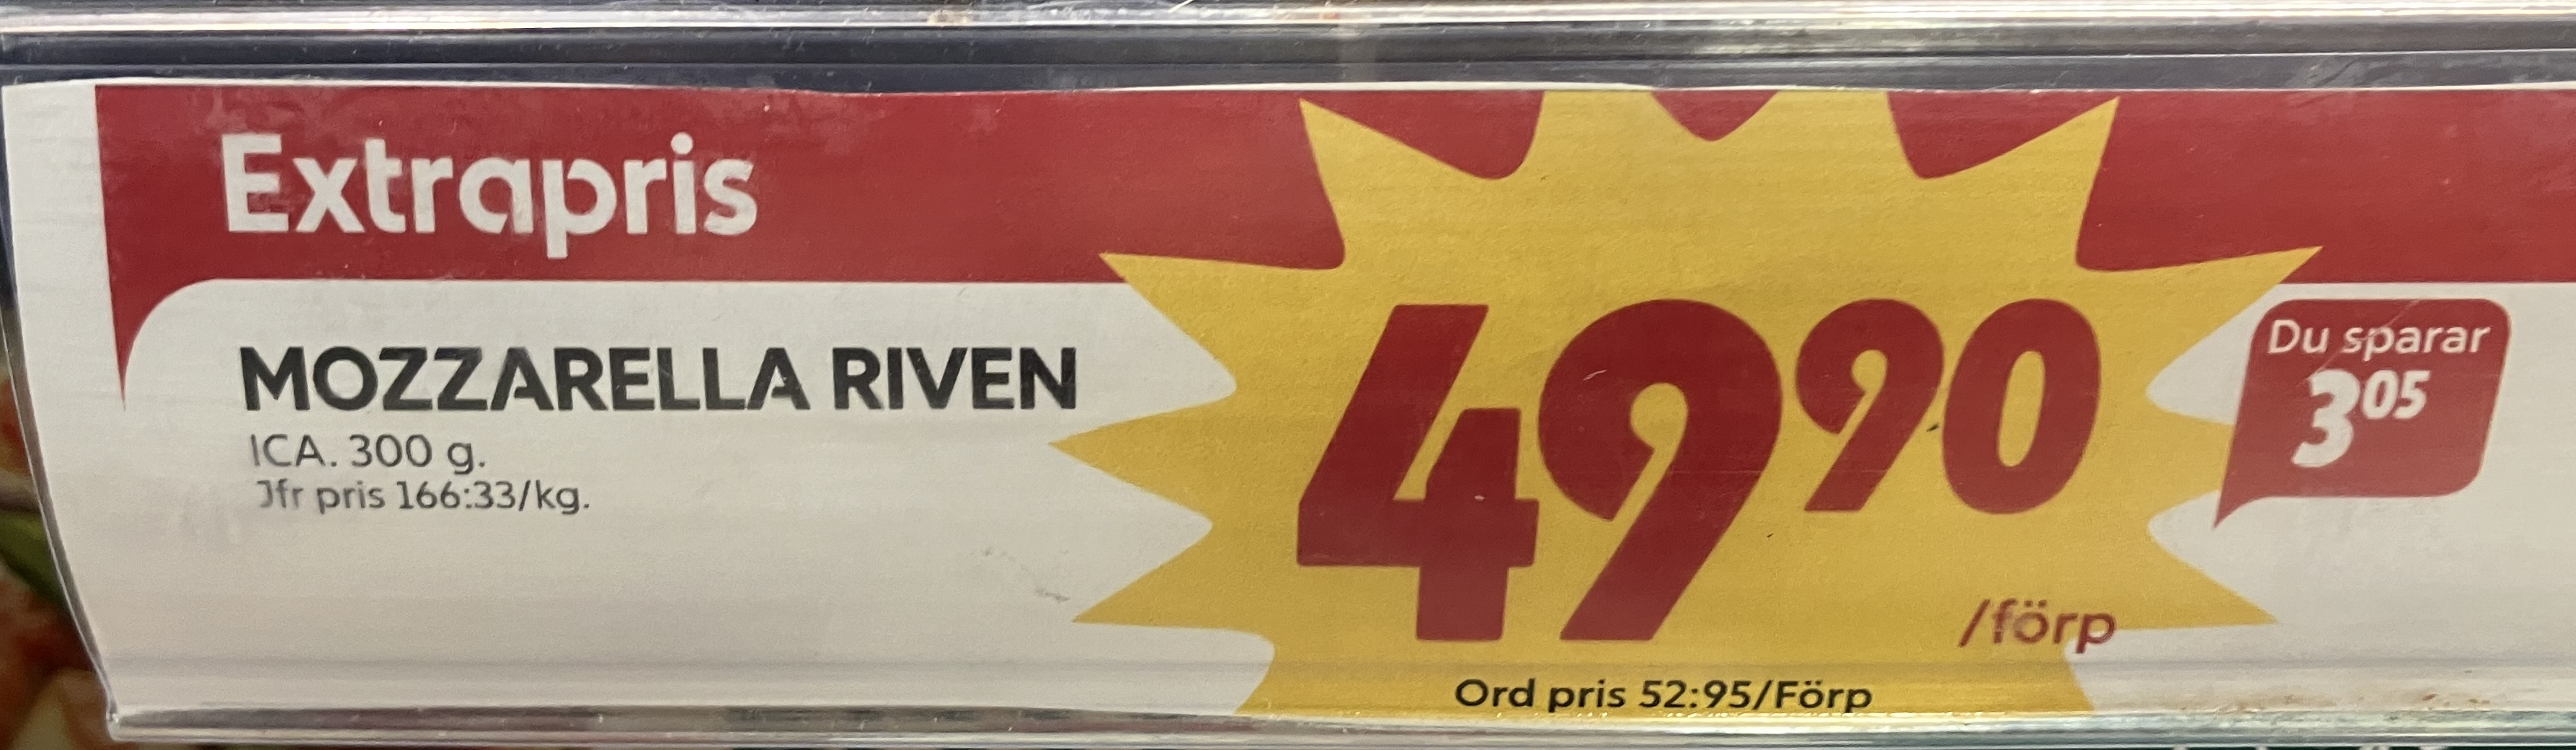
Vara: Mozzarella Riven
Genomsnittspris: 166.33 per kg